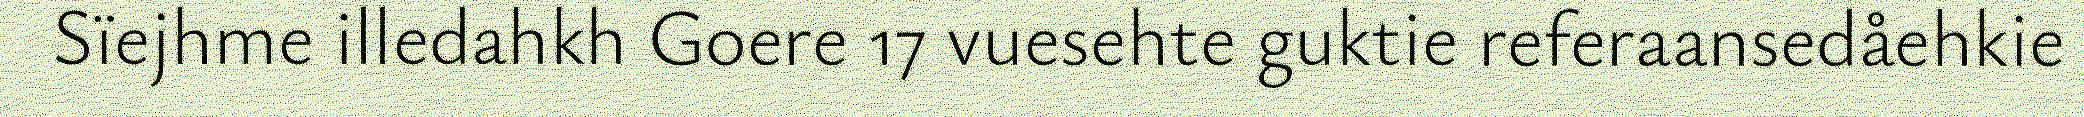
Sïejhme illedahkh Goere 17 vuesehte guktie referaansedåehkie